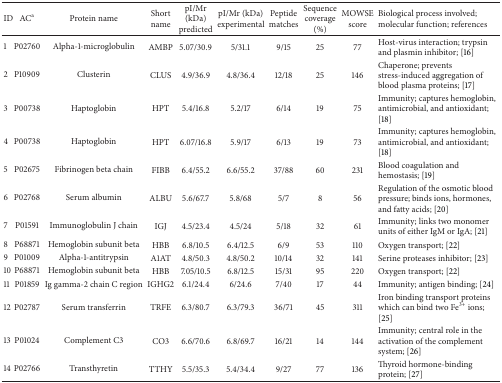
<table><thead><tr><td><b>ID</b></td><td><b>AC<sup>a</sup></b></td><td><b>Protein name</b></td><td><b>Short name</b></td><td><b>pI/Mr (kDa) predicted</b></td><td><b>pI/Mr (kDa) experimental</b></td><td><b>Peptide matches</b></td><td><b>Sequence coverage (%)</b></td><td><b>MOWSE score</b></td><td><b>Biological process involved; molecular function; references</b></td></tr></thead><tbody><tr><td>1</td><td>P02760</td><td>Alpha-1-microglobulin</td><td>AMBP</td><td>5.07/30.9</td><td>5/31.1</td><td>9/15</td><td>25</td><td>77</td><td>Host-virus interaction; trypsin and plasmin inhibitor; [16]</td></tr><tr><td>2</td><td>P10909</td><td>Clusterin</td><td>CLUS</td><td>4.9/36.9</td><td>4.8/36.4</td><td>12/18</td><td>25</td><td>146</td><td>Chaperone; prevents stress-induced aggregation of blood plasma proteins; [17]</td></tr><tr><td>3</td><td>P00738</td><td>Haptoglobin</td><td>HPT</td><td>5.4/16.8</td><td>5.2/17</td><td>6/14</td><td>19</td><td>75</td><td>Immunity; captures hemoglobin, antimicrobial, and antioxidant; [18]</td></tr><tr><td>4</td><td>P00738</td><td>Haptoglobin</td><td>HPT</td><td>6.07/16.8</td><td>5.9/17</td><td>6/13</td><td>19</td><td>73</td><td>Immunity; captures hemoglobin, antimicrobial, and antioxidant; [18]</td></tr><tr><td>5</td><td>P02675</td><td>Fibrinogen beta chain</td><td>FIBB</td><td>6.4/55.2</td><td>6.6/55.2</td><td>37/88</td><td>60</td><td>231</td><td>Blood coagulation and hemostasis; [19]</td></tr><tr><td>6</td><td>P02768</td><td>Serum albumin</td><td>ALBU</td><td>5.6/67.7</td><td>5.8/68</td><td>5/7</td><td>8</td><td>56</td><td>Regulation of the osmotic blood pressure; binds ions, hormones, and fatty acids; [20]</td></tr><tr><td>7</td><td>P01591</td><td>Immunoglobulin J chain</td><td>IGJ</td><td>4.5/23.4</td><td>4.5/24</td><td>5/18</td><td>32</td><td>61</td><td>Immunity; links two monomer units of either IgM or IgA; [21]</td></tr><tr><td>8</td><td>P68871</td><td>Hemoglobin subunit beta</td><td>HBB</td><td>6.8/10.5</td><td>6.4/12.5</td><td>6/9</td><td>53</td><td>110</td><td>Oxygen transport; [22]</td></tr><tr><td>9</td><td>P01009</td><td>Alpha-1-antitrypsin</td><td>A1AT</td><td>4.8/50.3</td><td>4.8/50.2</td><td>10/14</td><td>32</td><td>141</td><td>Serine proteases inhibitor; [23]</td></tr><tr><td>10</td><td>P68871</td><td>Hemoglobin subunit beta</td><td>HBB</td><td>7.05/10.5</td><td>6.8/12.5</td><td>15/31</td><td>95</td><td>220</td><td>Oxygen transport; [22]</td></tr><tr><td>11</td><td>P01859</td><td>Ig gamma-2 chain C region</td><td>IGHG2</td><td>6.1/24.4</td><td>6/24.6</td><td>7/40</td><td>17</td><td>44</td><td>Immunity; antigen binding; [24]</td></tr><tr><td>12</td><td>P02787</td><td>Serum transferrin</td><td>TRFE</td><td>6.3/80.7</td><td>6.3/79.3</td><td>36/71</td><td>45</td><td>311</td><td>Iron binding transport proteins which can bind two Fe<sup>3+</sup> ions; [25]</td></tr><tr><td>13</td><td>P01024</td><td>Complement C3</td><td>CO3</td><td>6.6/70.6</td><td>6.8/69.7</td><td>16/21</td><td>14</td><td>144</td><td>Immunity; central role in the activation of the complement system; [26]</td></tr><tr><td>14</td><td>P02766</td><td>Transthyretin</td><td>TTHY</td><td>5.5/35.3</td><td>5.4/34.4</td><td>9/27</td><td>77</td><td>136</td><td>Thyroid hormone-binding protein; [27]</td></tr></tbody></table>